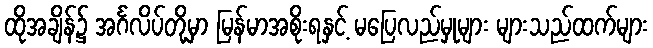
ထိုအချိန်၌ အင်္ဂလိပ်တို့မှာ မြန်မာအစိုးရနှင့် မပြေလည်မှုများ များသည်ထက်များ